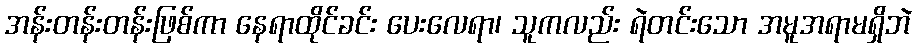
အန်းတန်းတန်းဖြစ်ကာ နေရာထိုင်ခင်း ပေးလေရာ၊ သူကလည်း ရဲတင်းသော အမူအရာမရှိဘဲ